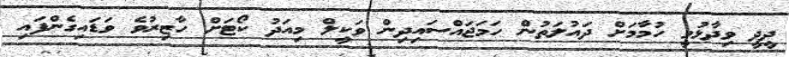
ދީދީ ވިދާޅުވީ ހުމާމަށް ދައުލަތުން ހަމަޖައްސައިދިން ވަކީލް މިއަދު ކޯޓަށް ހާޒިރުވެ ވަޑައިގެންފައި